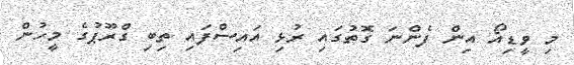
މި ވީޑިއޯ އިން ފެންނަ ގޮތުގައި ރުޅި އައިސްފައި ތިބި ގްރޫޕުގެ މީހުން